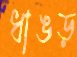
ধাঙড়